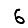
Digit: 6